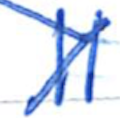
Text: II.
Cross-out: diagonal
Writing tool: ballpoint